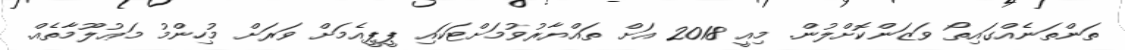
ތަންތަނެއްގައިތޯ ވަޒަންކޮށްލުން. މިއީ 2018 އަށް ތައްޔާރުވުމަށްޓަކައި ޕީޕީއެމަށް ވަރަށް މުހިންމު މަޢުލޫމާތެއް.